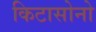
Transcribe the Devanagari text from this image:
किटासोनो